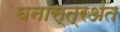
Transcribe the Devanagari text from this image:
घनास्त्रअंत